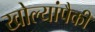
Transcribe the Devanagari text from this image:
खोल्यांपैकी